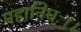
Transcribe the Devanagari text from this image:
महानिधः।।